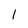
Character: 1